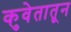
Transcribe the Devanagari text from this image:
कुवेतातून